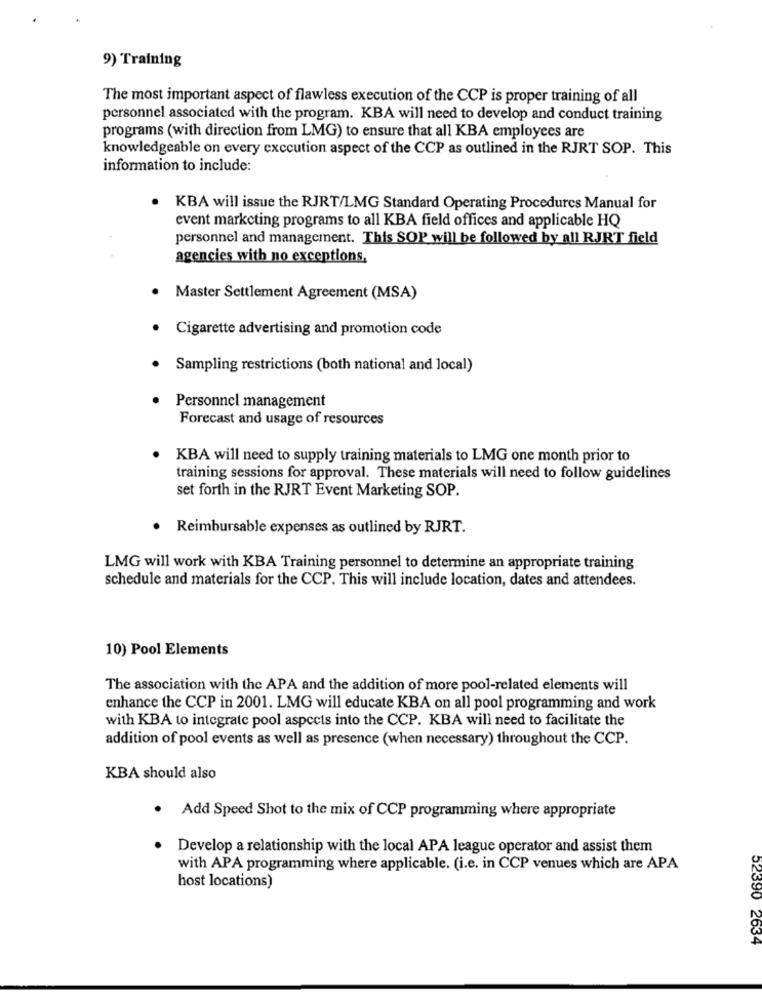
9) Training
The most important aspect of flawless execution of the CCP is proper training of all
personnel associated with the program. KBA will need to develop and conduct training
programs (with direction from LMG) to ensure that all KBA employees are
knowledgeable on every exccution aspect of the CCP as outlined in the RJRT SOP. This
information to include:
KBA will issue the RJRT/LMG Standard Operating Procedures Manual for
event marketing programs to all KBA field offices and applicable HQ
personnel and management. This SOP will be followed by all RJRT field
agencies with no exceptions,
Master Settlement Agreement (MSA)
Cigarette advertising and promotion code
Sampling restrictions (both national and local)
Personnel management
Forecast and usage of resources
KBA will need to supply training materials to LMG one month prior to
training sessions for approval. These materials will need to follow guidelines
set forth in the RJRT Event Marketing SOP.
· Reimbursable expenses as outlined by RJRT.
LMG will work with KBA Training personnel to determine an appropriate training
schedule and materials for the CCP. This will include location, dates and attendees.
10) Pool Elements
The association with the APA and the addition of more pool-related elements will
enhance the CCP in 2001. LMG will educate KBA on all pool programming and work
with KBA to integrate pool aspects into the CCP. KBA will need to facilitate the
addition of pool events as well as presence (when necessary) throughout the CCP.
KBA should also
. Add Speed Shot to the mix of CCP programming where appropriate
Develop a relationship with the local APA league operator and assist them
with APA programming where applicable. (i.e. in CCP venues which are APA
host locations)
52390 2634